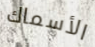
الأسماك